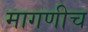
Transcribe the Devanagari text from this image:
मागणीच